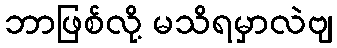
ဘာဖြစ်လို့ မသိရမှာလဲဗျ